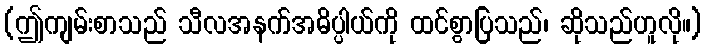
(ဤကျမ်းစာသည် သီလအနက်အဓိပ္ပါယ်ကို ထင်စွာပြသည်၊ ဆိုသည်ဟူလို။)